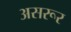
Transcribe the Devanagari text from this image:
असरूर